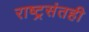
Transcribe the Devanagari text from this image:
राष्ट्रसंतही